Civil Veterinary Dept. Bombay admin report 1900-1906 - 1900-1906
Year: 1900
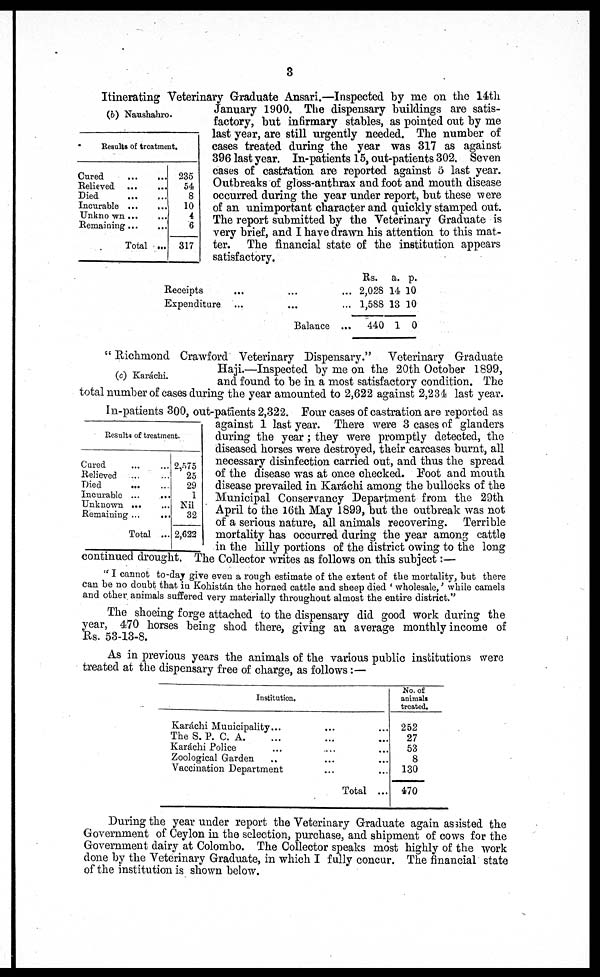
3
(b) Naushahro.
Results of treatment.
Cured
...
...
Relieved ...
...
Died
...
...
Incurable
...
...
Unknown ...
...
Remaining ... ...
Total ...
235
54
8
10
4
6
317
Itinerating Veterinary Graduate Ansari.—Inspected by me on the 14th
January 1900. The dispensary buildings are satis-
factory, but infirmary stables, as pointed out by me
last year, are still urgently needed. The number of
cases treated during the year was 317 as against
396 last year. In-patients 15, out-patients 302. Seven
cases of castration are reported against 5 last year.
Outbreaks of gloss-anthrax and foot and mouth disease
occurred during the year under report, but these were
of an unimportant character and quickly stamped out.
The report submitted by the Veterinary Graduate is
very brief, and I have drawn his attention to this mat-
ter. The financial state of the institution appears
satisfactory.
Receipts ... ... ...
Expenditure
...
... ...
Balance ...
Rs.
2,028
1,588
440
a.
14
13
1
p.
10
10
0
(c) Karáchi.
Results of treatment
Cured ... ...
Relieved ... ...
Died
...
...
Incurable ... ...
Unknown ... ...
Remaining ...
...
Total ...
2,575
25
29
1
Nil
32
2,622
"Richmond Crawford Veterinary Dispensary." Veterinary Graduate
Haji.—Inspected by me on the 20th October 1899,
and found to be in a most satisfactory condition. The
total number of cases during the year amounted to 2,622 against 2,234 last year.
In-patients 300, out-patients 2,322. Four cases of castration are reported as
against 1 last year. There were 3 cases of glanders
during the year; they were promptly detected, the
diseased horses were destroyed, their carcases burnt, all
necessary disinfection carried out, and thus the spread
of the disease was at once checked. Foot and mouth
disease prevailed in Karáchi among the bullocks of the
Municipal Conservancy Department from the 29th
April to the 16th May 1899, but the outbreak was not
of a serious nature, all animals recovering. Terrible
mortality has occurred during the year among cattle
in the hilly portions of the district owing to the long
continued drought. The Collector writes as follows on this subject :—
"I cannot to-day give even a rough estimate of the extent of the mortality, but there
can be no doubt that in Kohistán the horned cattle and sheep died 'wholesale,' while camels
and other animals suffered very materially throughout almost the entire district."
The shoeing forge attached to the dispensary did good work during the
year, 470 horses being shod there, giving an average monthly income of
Rs. 53-13-8.
As in previous years the animals of the various public institutions were
treated at the dispensary free of charge, as follows:—
Institution.
Karáchi Municipality... ... ...
The S. P. C. A. ... ... ...
Karachi Police ... ... ...
Zoological Garden ... ... ...
Vaccination Department
...
... ...
Total ...
No. of
animals
treated.
252
27
53
8
130
470
During the year under report the Veterinary Graduate again assisted the
Government of Ceylon in the selection, purchase, and shipment of cows for the
Government dairy at Colombo. The Collector speaks most highly of the work
done by the Veterinary Graduate, in which I fully concur. The financial state
of the institution is shown below.